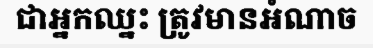
ជាអ្នកឈ្នះ ត្រូវមានអំណាច